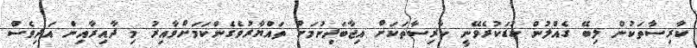
ކާރިސާތަކުން ލިބޭ ގެއްލުން ކުޑަކުރެވޭނީ ކާރިސާތަކަށް އިޖާބަދިނުމަށް ތައްޔާރުވެގެންކަމަށްވާއިރު މި ދާއިރާއިން އަދިވެސް